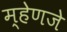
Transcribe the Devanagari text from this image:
म्हेणजे